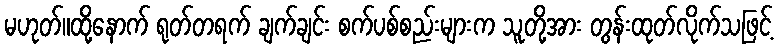
မဟုတ်။ထို့နောက် ရုတ်တရက် ချက်ချင်း စက်ပစ်စည်းများက သူတို့အား တွန်းထုတ်လိုက်သဖြင့်